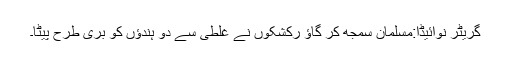
گریٹر نوائیڈا:مسلمان سمجھ کر گاؤ رکشکوں نے غلطی سے دو ہندؤں کو بری طرح پیٹا۔